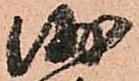
沙